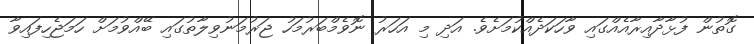
ގޮތުން ފުޅާދާއިރާއެއްގައި ވާހަކަދެއްކުމަށެވެ. އަދި މި އަހަރު ނޮވެމްބަރުމަހު ޖަރުމަނުވިލާތުގައި ބޭއްވުމަށް ހަމަޖެހިފައިވާ